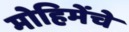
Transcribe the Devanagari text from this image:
मोहिमेंचे